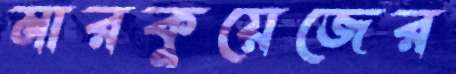
মারকুয়েজের